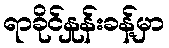
ရာခိုင်နှုန်းခန့်မှာ